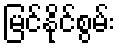
မြင်နိုင်စွမ်း